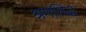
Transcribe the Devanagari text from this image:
श्रमसिद्ध